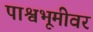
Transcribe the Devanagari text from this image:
पाश्वभूमीवर